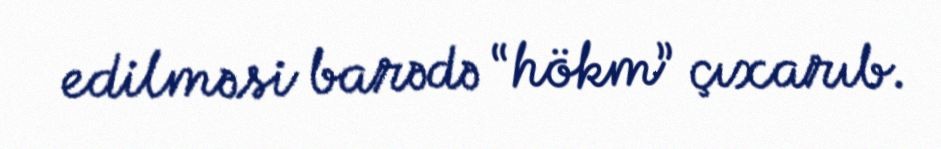
edilməsi barədə “hökm” çıxarıb.